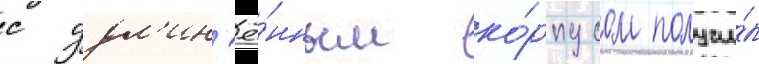
с удл'ин'ё́нным ко́рпусом получи́л